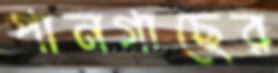
পানগাছের